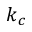
k _ { c }